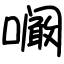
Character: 㘎